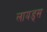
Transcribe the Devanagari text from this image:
लायड्स